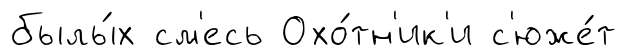
былы́х см'есь Охо́тн'ик'и с'юже́т